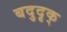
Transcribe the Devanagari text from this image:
बदुदृक्